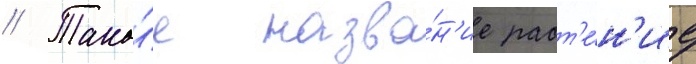
// Тако́е назва́н'ие раст'е́н'ие